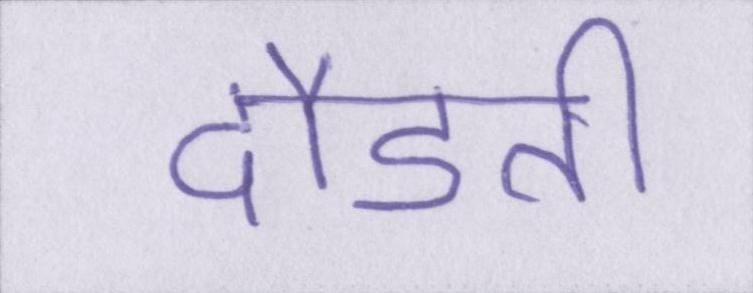
दौडती